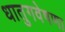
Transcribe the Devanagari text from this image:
धातुगवेषणा